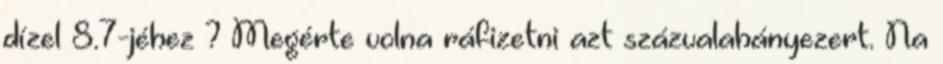
dízel 8.7-jéhez ? Megérte volna ráfizetni azt százvalahányezert. Na